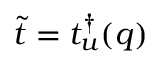
\widetilde t = t _ { u } ^ { \dagger } ( q )